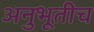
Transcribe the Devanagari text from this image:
अनुभूतीच